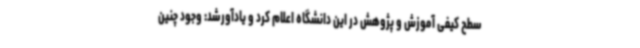
سطح کیفی آموزش و پژوهش در این دانشگاه اعلام کرد و یادآورشد: وجود چنین